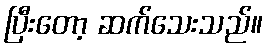
ပြီးတော့ ဆက်သေးသည်။